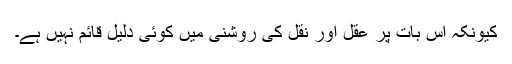
کیونکہ اس بات پر عقل اور نقل کی روشنی میں کوئی دلیل قائم نہیں ہے۔